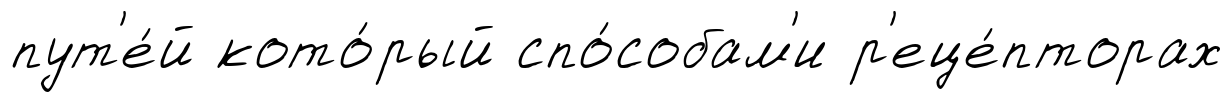
пут'е́й кото́рый спо́собам'и р'еце́пторах